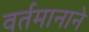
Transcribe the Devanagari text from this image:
वर्तमानाने